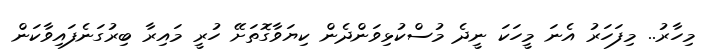
މިހާރު.. މިފަހަރު އެނަ މީހަކަ ނީދެ މުސްކުޅިވަންދެން ކިޔަވާގޮތަށޭ ހުރީ މައިރާ ބިރުގަނެފައިވާކަން